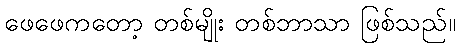
ဖေဖေကတော့ တစ်မျိုး တစ်ဘာသာ ဖြစ်သည်။